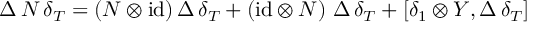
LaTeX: \Delta \, N \, \delta _ { T } = ( N \otimes \mathrm { i d } ) \, \Delta \, \delta _ { T } + ( \mathrm { i d } \otimes N ) \, \, \Delta \, \delta _ { T } + [ \delta _ { 1 } \otimes Y , \Delta \, \delta _ { T } ]